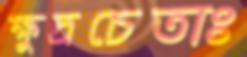
ক্ষুদ্রচেতাঃ